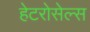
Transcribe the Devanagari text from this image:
हेटरोसेल्स